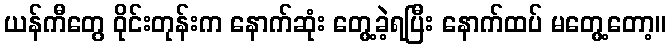
ယန်ကီတွေ ဝိုင်းတုန်းက နောက်ဆုံး တွေ့ခဲ့ရပြီး နောက်ထပ် မတွေ့တော့။